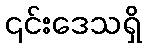
၎င်းဒေသရှိ